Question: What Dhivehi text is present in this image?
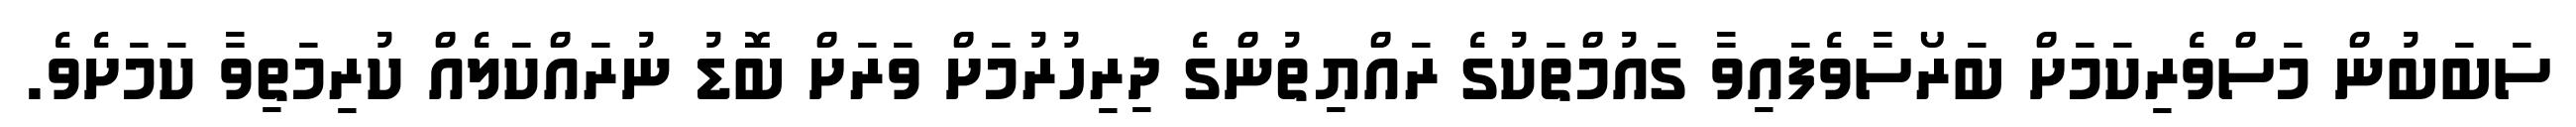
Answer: ސަބަބުން މަސްވެރިކަމަށް ބަރޯސާވެފައިވާ ގައުމްތަކުގެ ރައްޔިތުންގެ ދިރިހުރުމަށް ވަރަށް ބޮޑު ނުރައްކަލެއް ކުރިމަތިވާ ކަމަށެވެ.